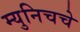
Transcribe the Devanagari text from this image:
म्युनिचचे